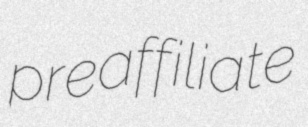
preaffiliate